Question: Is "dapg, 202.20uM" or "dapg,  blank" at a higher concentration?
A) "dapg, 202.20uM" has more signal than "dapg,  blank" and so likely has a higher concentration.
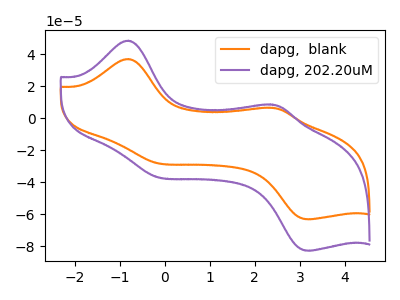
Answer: <think>The orange curve "dapg,  blank" has anodic peaks at (-0.80V, 36.90uA) (2.35V, 6.50uA) and cathodic peaks at (-0.25V, -27.65uA) (3.20V, -63.00uA). The purple curve "dapg, 202.20uM" has anodic peaks at (-0.80V, 48.35uA) (2.35V, 8.50uA) and cathodic peaks at (-0.25V, -36.20uA) (3.20V, -82.55uA).
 All the peaks in "dapg, 202.20uM" have a peak in "dapg,  blank" at the same potential. Every peak in "dapg, 202.20uM" is higher than every peak in "dapg,  blank".</think>
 <answer>A) "dapg, 202.20uM" has more signal than "dapg,  blank" and so likely has a higher concentration.</answer>
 <eval>A</eval>